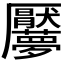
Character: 𱘬